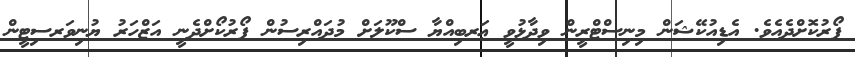
ފޯރުކޮށްދެއެވެ. އެޑިއުކޭޝަން މިނިސްޓްރީން ވިދާޅުވީ ޢަރބިއްޔާ ސްކޫލަށް މުދައްރިސުން ފޯރުކޯށްދެނީ އަޒްހަރު ޔުނިވަރސިޓީން